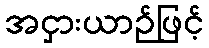
အငှားယာဉ်ဖြင့်